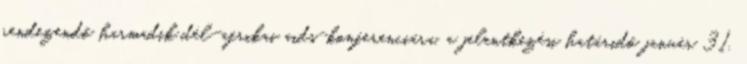
rendezendő harmadik dél-afrikai aids-konferenciára. a jelentkezési határidő január 31.